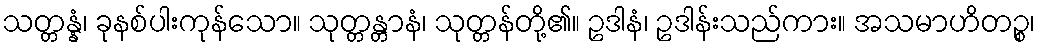
သတ္တန္နံ၊ ခုနစ်ပါးကုန်သော။ သုတ္တန္တာနံ၊ သုတ္တန်တို့၏။ ဥဒါနံ၊ ဥဒါန်းသည်ကား။ အသမာဟိတဉ္စ၊